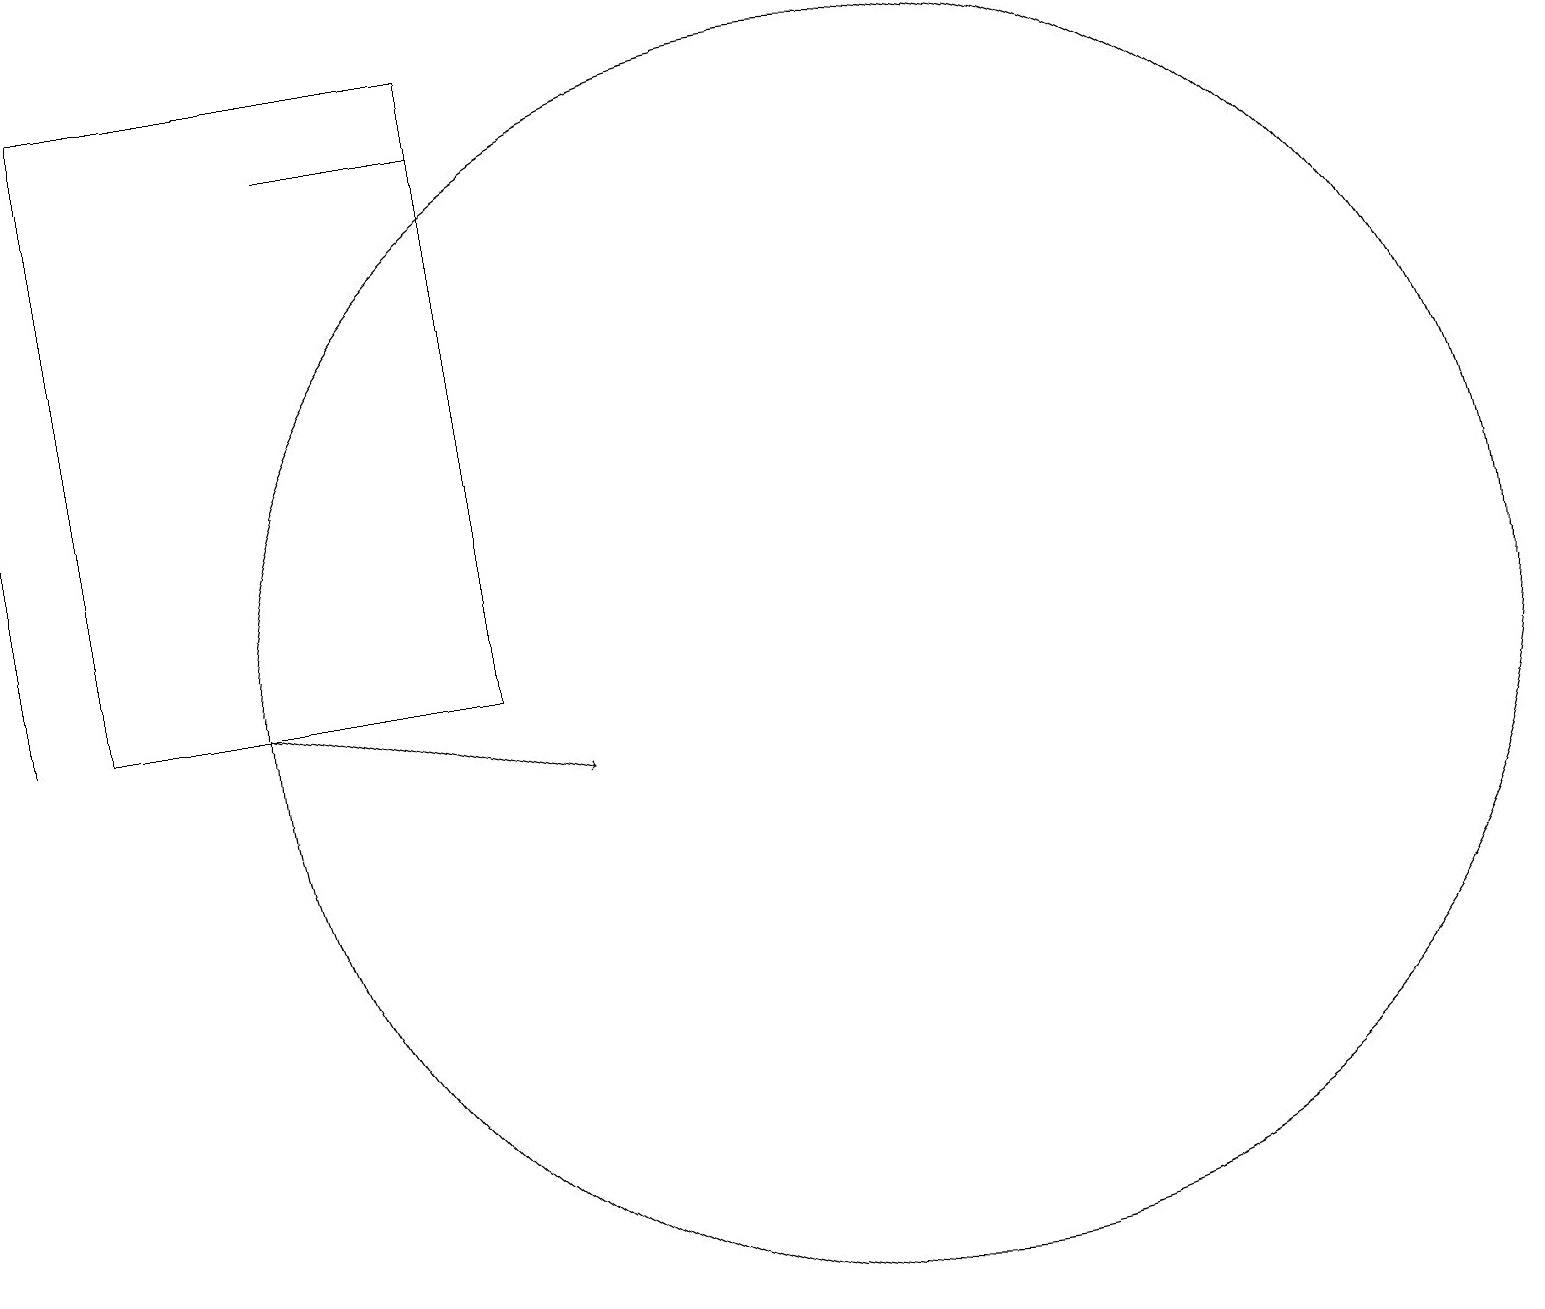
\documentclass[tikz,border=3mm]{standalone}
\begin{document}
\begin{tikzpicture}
\draw (1,11) rectangle (6,19);
\draw[->] (0,11) -- (0,15);
\draw[->] (3,11) -- (7,10);
\draw (11,11) circle (8);
\draw (6,18) rectangle (4,18);
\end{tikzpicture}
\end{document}